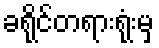
ခရိုင်တရားရုံးမှ